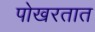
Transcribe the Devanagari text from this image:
पोखरतात